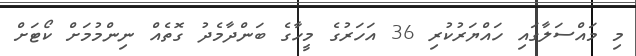
މި މައްސަލާގައި ހައްޔަރުކުރި 36 އަހަރުގެ މީހާގެ ބަންދާމެދު ގޮތެއް ނިންމުމަށް ކޯޓަށް